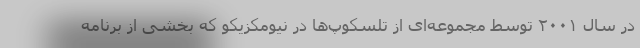
در سال ۲۰۰۱ توسط مجموعه‌ای از تلسکوپ‌ها در نیومکزیکو که بخشی از برنامه